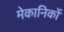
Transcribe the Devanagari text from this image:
मेकानिकों